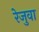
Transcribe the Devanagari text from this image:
रेजुवा